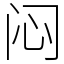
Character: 闷